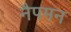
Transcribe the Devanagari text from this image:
नैपमन